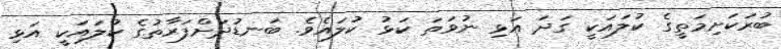
ބުރަކަށިމަތީގެ ކުލައަކީ ގަދަ އަޅި ނުވަތަ ކަޅު ކުލައެވެ. ބަނޑުދަށްފަރާތުގެ ކުލައަކީ އަޅި